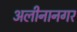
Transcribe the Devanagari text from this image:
अलीनानगर